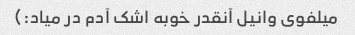
میلفوی وانیل آنقدر خوبه اشک آدم در میاد:)